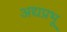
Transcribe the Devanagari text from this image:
अद्यप्रभू